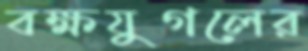
বক্ষযুগলের